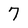
Character: 7